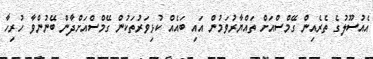
އެއުސޫލުގެ ތެރެއިން ގޭމްސްއަށް ތައްޔާރުވަމުން އައި ބައެއް ކުޅިވަރުތަކުން ގޭމްސްއަށްދާން ބޭނުންވާ ހުރިހާ